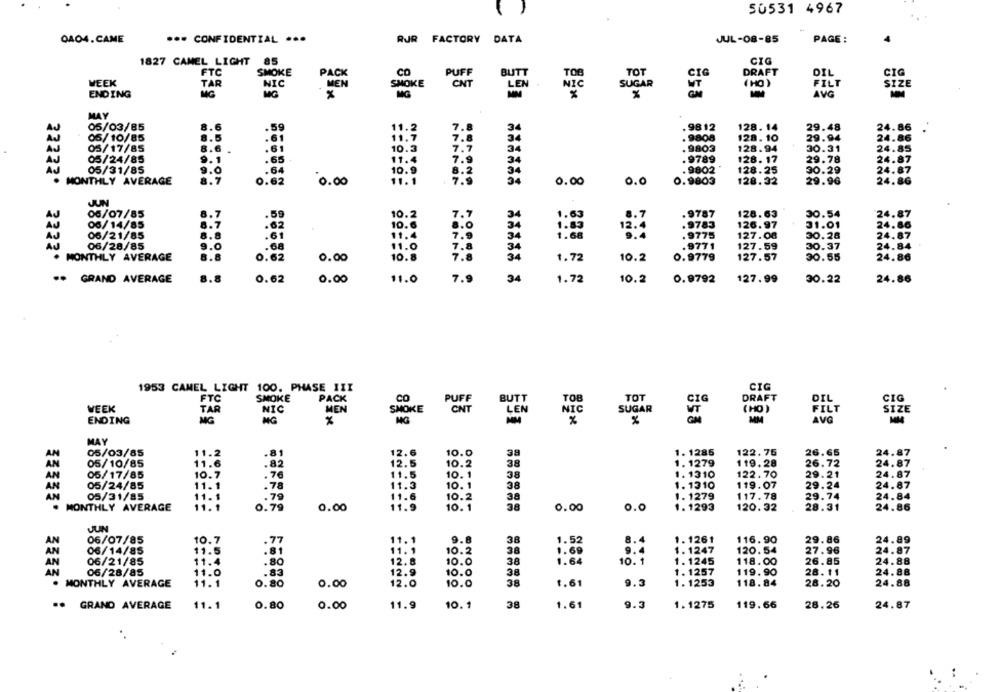
50531 4967
OAO4.CAME
*** CONFIDENTIAL ...
RUR FACTORY
DATA
JUL-08-85
PAGE :
1827 CAMEL LIGHT
85
CIG
FTC
SMOKE
PACK
CO
PUFF
BUTT
TOO
TOT
CIG
DRAFT
DIL
CIG
WEEK
TAR
NIC
MEN
SMOKE
CNT
LEN
SUGAR
(HO)
FILT
SIZE
NIC
ENDING
MG
MG
%
MG
%
AVG
MAY
7
05/03/85
8.6
.59
11.2
3
.9812
128.14
29.48
24.86
05/10/85
8.5
.61
11
7.8
34
. 9808
128.10
29.94
24.86
AJ
05/17/85
8.6
.61
10.3
7.7
34
.9803
128.94
30.31
24.85
05/24/85
9.1
.65
11.4
7.9
. 9789
128. 17
29.78
24.87
3
05/31/85
.64
10.9
8.2
94
. 9802
128.25
30.29
24.87
0.62
7
. MONTHLY AVERAGE
0.00
11. 1
0.00
0.0
0.9803
128.32
29.96
24.86
JUN
06/07/85
8.7
.59
10.2
.9787
128.63
30.54
24.87
7.7
34
1.63
8.7
06/14/85
8.7
.62
10.6
8.0
12.4
.9783
126.97
31.01
24.86
06/21/85
8.8
.61
11.4
7.9
. 9775
127.08
30.28
24.87
1.66
06/28/85
9.0
.68
11.0
7.8
.9771
127.59
30.37
24.84
8.8
0.62
0.9779
127.57
30.55
24.86
. MONTHLY AVERAGE
0.00
10.8
7.8
1.72
10.2
. GRAND AVERAGE
0.62
0.00
11.0
7.9
34
1.72
10.2
0.9792
127.99
30.22
24.86
1953 CAMEL LIGHT 100. PHASE III
CIG
FTC
SMOKE
PACK
CO
PUFF
BUTT
TOB
TOT
DRAFT
DIL
CIG
WEEK
TAR
NIC
MEN
SMOKE
CNT
LEN
SUGAR
ÇIG
FILT
SIZE
NIC
( HO )
ENDING
MG
MG
MG
MM
MM
AVG
MM
MAY
AN
05/03/85
11.2
.81
12.6
10.0
38
1. 1285
122.75
26.65
24.87
AN
05/10/85
11.6
.82
12.5
10.9
38
1. 1279
119.28
26.72
24.87
05/17/85
10.7
. 76
11.5
10.1
38
1. 1310
122.70
29.21
24.87
05/24/85
11.1
.78
11.3
10. 1
1. 1310
119.07
29.24
24.87
AN
38
AN
05/31/85
11.
.79
11.6
10.2
38
1. 1279
117.78
29.74
24.84
3.8
MONTHLY AVERAGE
0.79
0.00
11.9
10. 1
0.00
0.0
1. 1293
120.32
28.31
24.86
AN
06/07/85
10.7
.77
11.1
9.8
38
1.52
8.4
1. 1261
116.90
29.86
24.89
AN
06/14/85
11.5
.81
11.1
10.2
38
1.69
1. 1247
120.54
27.96
24.87
06/21/85
.80
12.8
10.0
38
1.64
10. 1
1. 1245
118.00
26.85
24.88
AN
11.4
AN
06/28/85
11.0
.83
12.9
10.0
DNOO
38
1. 1257
119.90
28. 11
24.88
38
1. 1253
24.88
. MONTHLY AVERAGE
11.1
0.80
0.00
12.0
10.0
1.61
9.3
118.84
28.20
.. GRAND AVERAGE
11.1
0.80
0.00
11.9
10. 1
38
1.61
9.3
1. 1275
119.66
28.26
24.87